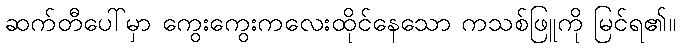
ဆက်တီပေါ်မှာ ကွေးကွေးကလေးထိုင်နေသော ကသစ်ဖြူကို မြင်ရ၏။